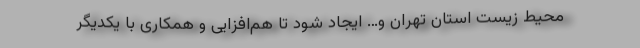
محیط زیست استان تهران و… ایجاد شود تا هم‌افزایی و همکاری با یکدیگر